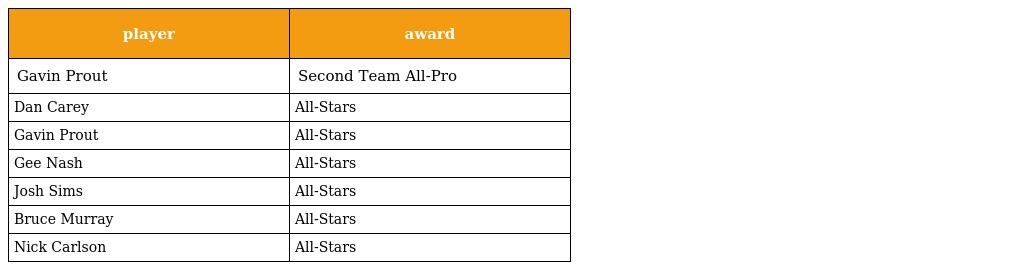
| player | award |
 | --- | --- |
 | Gavin Prout | Second Team All-Pro |
 | Dan Carey | All-Stars |
 | Gavin Prout | All-Stars |
 | Gee Nash | All-Stars |
 | Josh Sims | All-Stars |
 | Bruce Murray | All-Stars |
 | Nick Carlson | All-Stars |